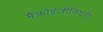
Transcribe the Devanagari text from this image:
मैक्रोइंजीनियरी